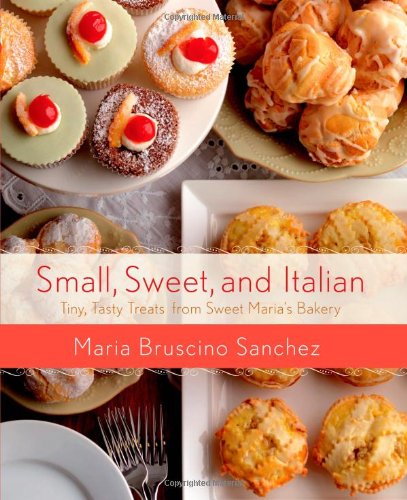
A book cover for Small, Sweet, and Italian: Tiny, Tasty Treats from Sweet Maria's Bakery; Maria Bruscino Sanchez; Cookbooks, Food & Wine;